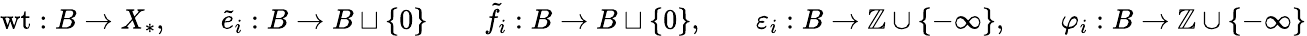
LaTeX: \begin{array}{rlrlrlrlr}{{\operatorname{wt}}:B\rightarrow X_{*},}&{}&{{\tilde{e}}_{i}:B\rightarrow B\sqcup\{ 0\} }&{}&{{\tilde{f}}_{i}:B\rightarrow B\sqcup\{ 0\} ,}&{}&{{\varepsilon}_{i}:B\rightarrow{\mathbb{Z}}\cup\{ -\infty\} ,}&{}&{\varphi_{i}:B\rightarrow{\mathbb{Z}}\cup\{ -\infty\} }\end{array}